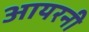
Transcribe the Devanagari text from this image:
आयरनी